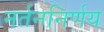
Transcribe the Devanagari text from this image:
नर्तननिर्णय